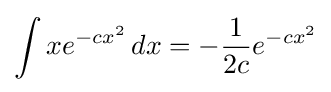
\int xe^{-cx^{2}}\,dx=-{\frac {1}{2c}}e^{-cx^{2}}